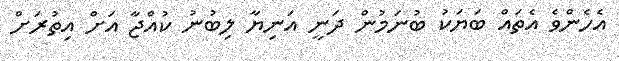
އެހެންވެ އެތައް ބަޔަކު ބުނަމުން ދަނީ އަނިޔާ ލިބުނު ކުއްޖާ އަށް އިތުރަށް